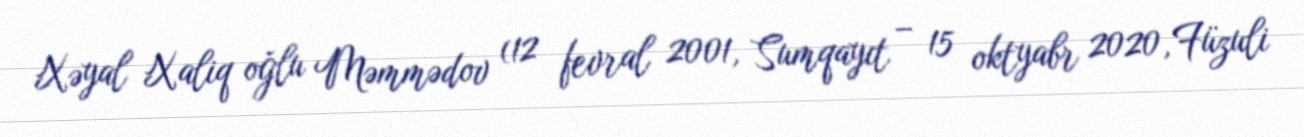
Xəyal Xaliq oğlu Məmmədov (12 fevral 2001, Sumqayıt – 15 oktyabr 2020, Füzuli